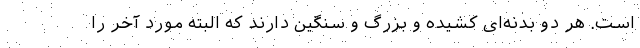
است. هر دو بدنه‌ای کشیده و بزرگ و سنگین دارند که البته مورد آخر را